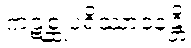
ကဋစ္ဆုပရိဿာဝနန္တိ